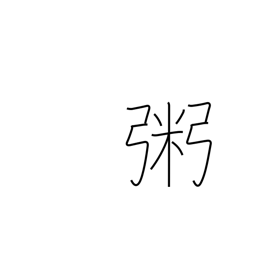
Meaning: rice gruel